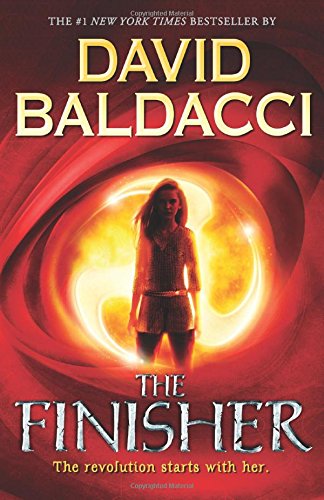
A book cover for The Finisher (Vega Jane, Book 1); David Baldacci; Children's Books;